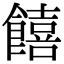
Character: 饎